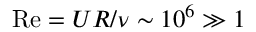
\mathrm { R e } = U R / \nu \sim 1 0 ^ { 6 } \gg 1